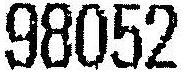
98052